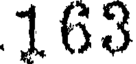
163